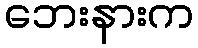
ဘေးနားက